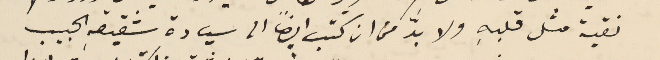
نقية مثل قلبهِ ولا بدَّ من ان كتب ايضاً الى سيادة شقيقهِ الحبيب